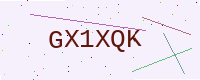
Text: GX1XQK